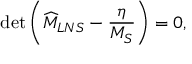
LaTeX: \operatorname * { d e t } \left( \widehat { M } _ { L N S } - \frac { \eta } { M _ { S } } \right) = 0 ,